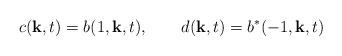
LaTeX: \begin{align*}c({\bf k},t)=b(1,{\bf k},t),\qquad d({\bf k},t)=b^{\ast }(-1,{\bf k},t)\end{align*}